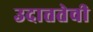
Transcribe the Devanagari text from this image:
उदात्ततेची